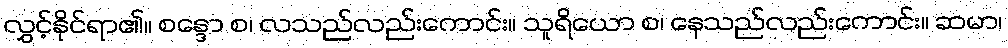
လွှင့်နိုင်ရာ၏။ စန္ဒော စ၊ လသည်လည်းကောင်း။ သူရိယော စ၊ နေသည်လည်းကောင်း။ ဆမာ၊